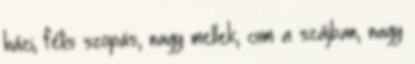
házi, fétis szopás, nagy mellek, cum a szájban, nagy